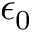
\epsilon _ { 0 }